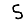
Digit: 5